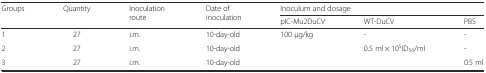
| <ROWSPAN=2> Groups | <ROWSPAN=2> Quantity | <ROWSPAN=2> Inoculation route | <ROWSPAN=2> Date of inoculation | <COLSPAN=3> Inoculum and dosage |
 | pIC-Mu2DuCV | WT-DuCV | PBS |
 | --- | --- | --- | --- | --- | --- | --- |
 | 1 | 27 | i.m. | 10-day-old | 100 μg/kg | - | - |
 | 2 | 27 | i.m. | 10-day-old |  | 0.5 ml × 105ID50/ml | - |
 | 3 | 27 | i.m. | 10-day-old |  |  | 0.5 ml |